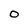
Character: O